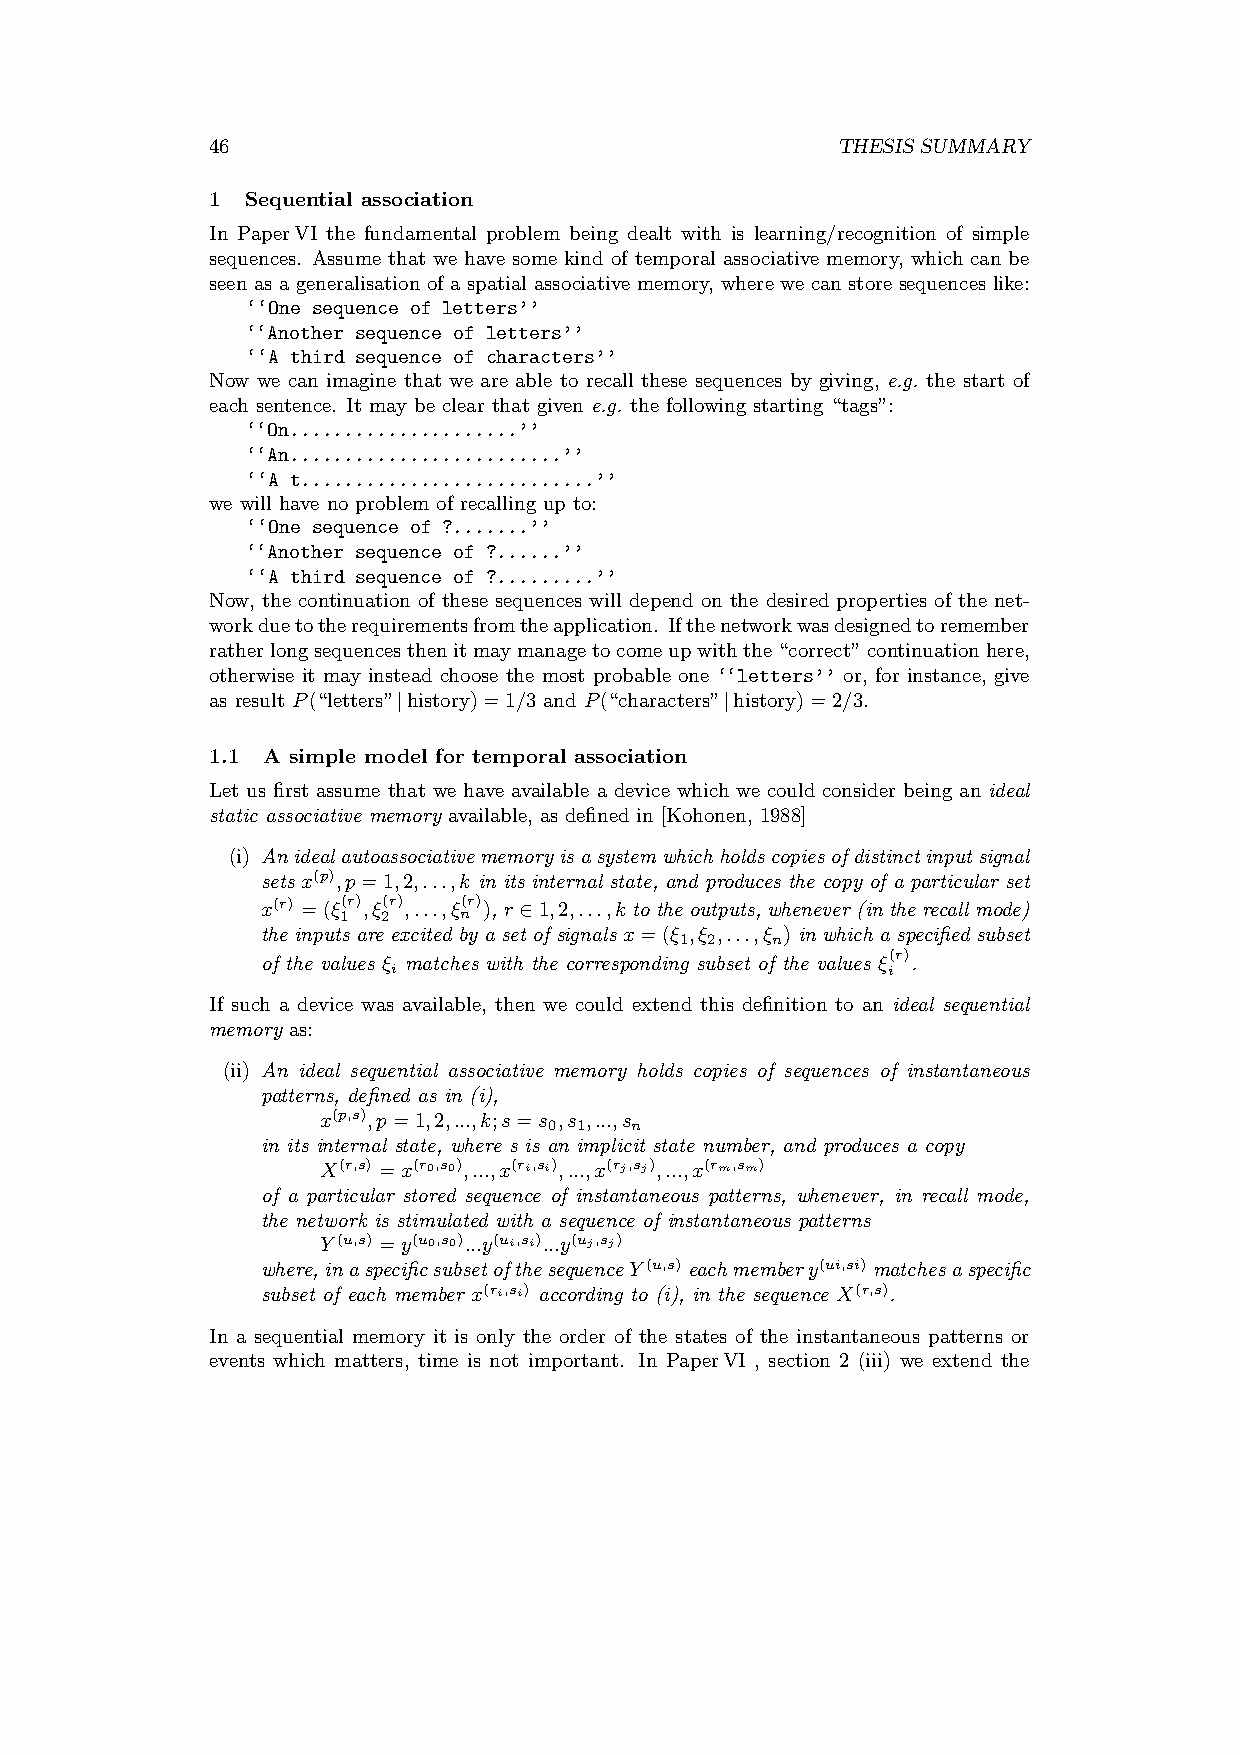
46                                       THESIS SUMMARY
 1 Sequential association
 In PaperVI the fundamental problem being dealt with is learning/recognition of simple
 sequences. Assume that we have some kind of temporal associative memory, which can be
 seen as a generalisation of a spatial associative memory, where we can store sequences like:
 ‘‘One sequence of letters’’
 ‘‘Another sequence of letters’’
 ‘‘A third sequence of characters’’
 Now we can imagine that we are able to recall these sequences by giving, e.g. the start of
 each sentence. It may be clear that given e.g. the following starting “tags”:
 ‘‘On.....................’’
 ‘‘An.........................’’
 ‘‘A t...........................’’
 we will have no problem of recalling up to:
 ‘‘One sequence of ?.......’’
 ‘‘Another sequence of ?......’’
 ‘‘A third sequence of ?.........’’
 Now, the continuation of these sequences will depend on the desired properties of the net-
 workduetotherequirementsfromtheapplication. Ifthenetworkwasdesignedtoremember
 ratherlongsequencesthenitmaymanagetocomeupwiththe“correct”continuationhere,
 otherwise it may instead choose the most probable one ‘‘letters’’ or, for instance, give
 as result P(“letters” history)=1/3 and P(“characters” history)=2/3.
 j                     j
 1.1 A simple model for temporal association
 Let us first assume that we have available a device which we could consider being an ideal
 static associative memory available, as defined in [Kohonen, 1988]
 (i) Anidealautoassociativememoryisasystemwhichholdscopiesofdistinctinputsignal
 sets x(p),p=1,2,...,k in its internal state, and produces the copy of a particular set
 x(r) =(ξ(r),ξ(r),...,ξ(r)), r 1,2,...,k totheoutputs, whenever(intherecallmode)
 1  2    n   2
 the inputs are excited by a set of signals x=(ξ ,ξ ,...,ξ ) in which a specified subset
 1 2   n
 of the values ξ matches with the corresponding subset of the values ξ(r).
 i                                i
 If such a device was available, then we could extend this definition to an ideal sequential
 memory as:
 (ii) An ideal sequential associative memory holds copies of sequences of instantaneous
 patterns, defined as in (i),
 x(p,s),p=1,2,...,k;s=s ,s ,...,s
 0 1   n
 in its internal state, where s is an implicit state number, and produces a copy
 X(r,s) =x(r0,s0),...,x(ri,si),...,x(rj,sj),...,x(rm,sm)
 of a particular stored sequence of instantaneous patterns, whenever, in recall mode,
 the network is stimulated with a sequence of instantaneous patterns
 Y(u,s) =y(u0,s0)...y(ui,si)...y(uj,sj)
 where,inaspecificsubsetofthesequenceY(u,s) eachmembery(ui,si) matchesaspecific
 subset of each member x(ri,si) according to (i), in the sequence X(r,s).
 In a sequential memory it is only the order of the states of the instantaneous patterns or
 events which matters, time is not important. In PaperVI , section 2 (iii) we extend the